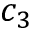
c _ { 3 }